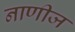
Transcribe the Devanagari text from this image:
नाणीज